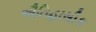
ઐતિહાસીક